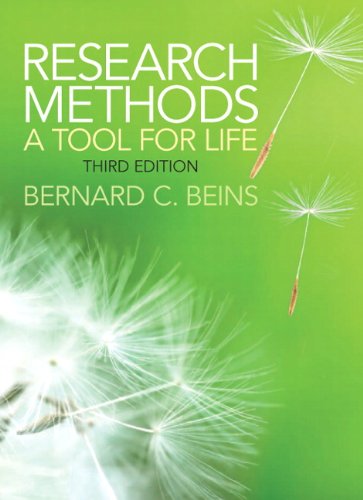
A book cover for Research Methods: A Tool for Life (3rd Edition); Bernard C. Beins; Medical Books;